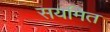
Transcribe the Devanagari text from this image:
सयमित